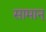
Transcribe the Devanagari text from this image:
सामान्